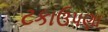
ટકાઉપણા